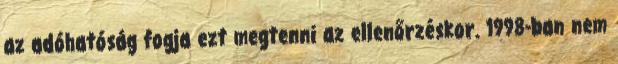
az adóhatóság fogja ezt megtenni az ellenőrzéskor. 1998-ban nem